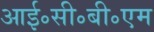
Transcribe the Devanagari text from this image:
आई॰सी॰बी॰एम